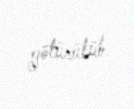
götürülüb.